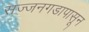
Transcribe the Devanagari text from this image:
सज्जनगडापासून